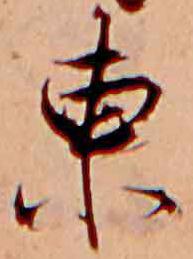
東